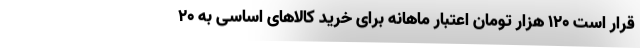
قرار است ۱۲۰ هزار تومان اعتبار ماهانه برای خرید کالاهای اساسی به ۲۰